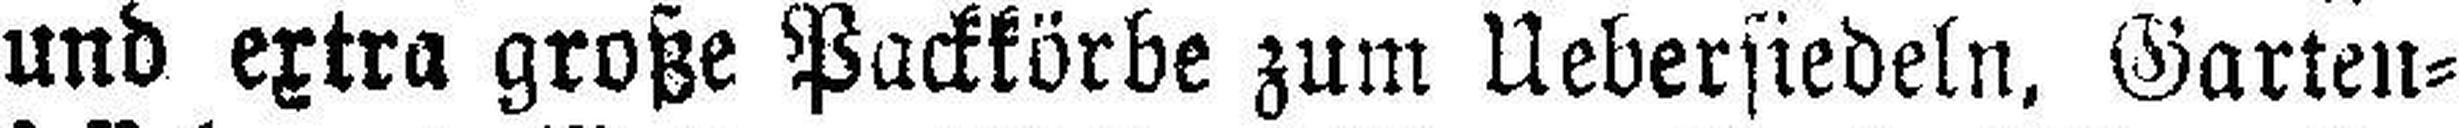
und extra große Packkörbe zum Uebersiedeln, Garten¬